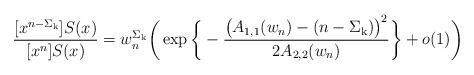
LaTeX: \begin{align*}\frac{[x^{n-\Sigma_{\mathrm{k}}}]S(x)}{[x^n]S(x)}= w_n^{\Sigma_{\mathrm{k}}}\bigg( \exp\bigg\{ -\frac{\big(A_{1,1}(w_n)-(n-\Sigma_{\mathrm{k}})\big)^2}{2A_{2,2}(w_n)} \bigg\} +o(1) \bigg)\end{align*}